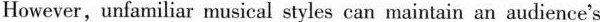
However, unfamiliar musical styles can maintain an audience's